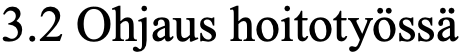
3.2 Ohjaus hoitotyössä